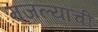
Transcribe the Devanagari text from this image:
मजल्यांची